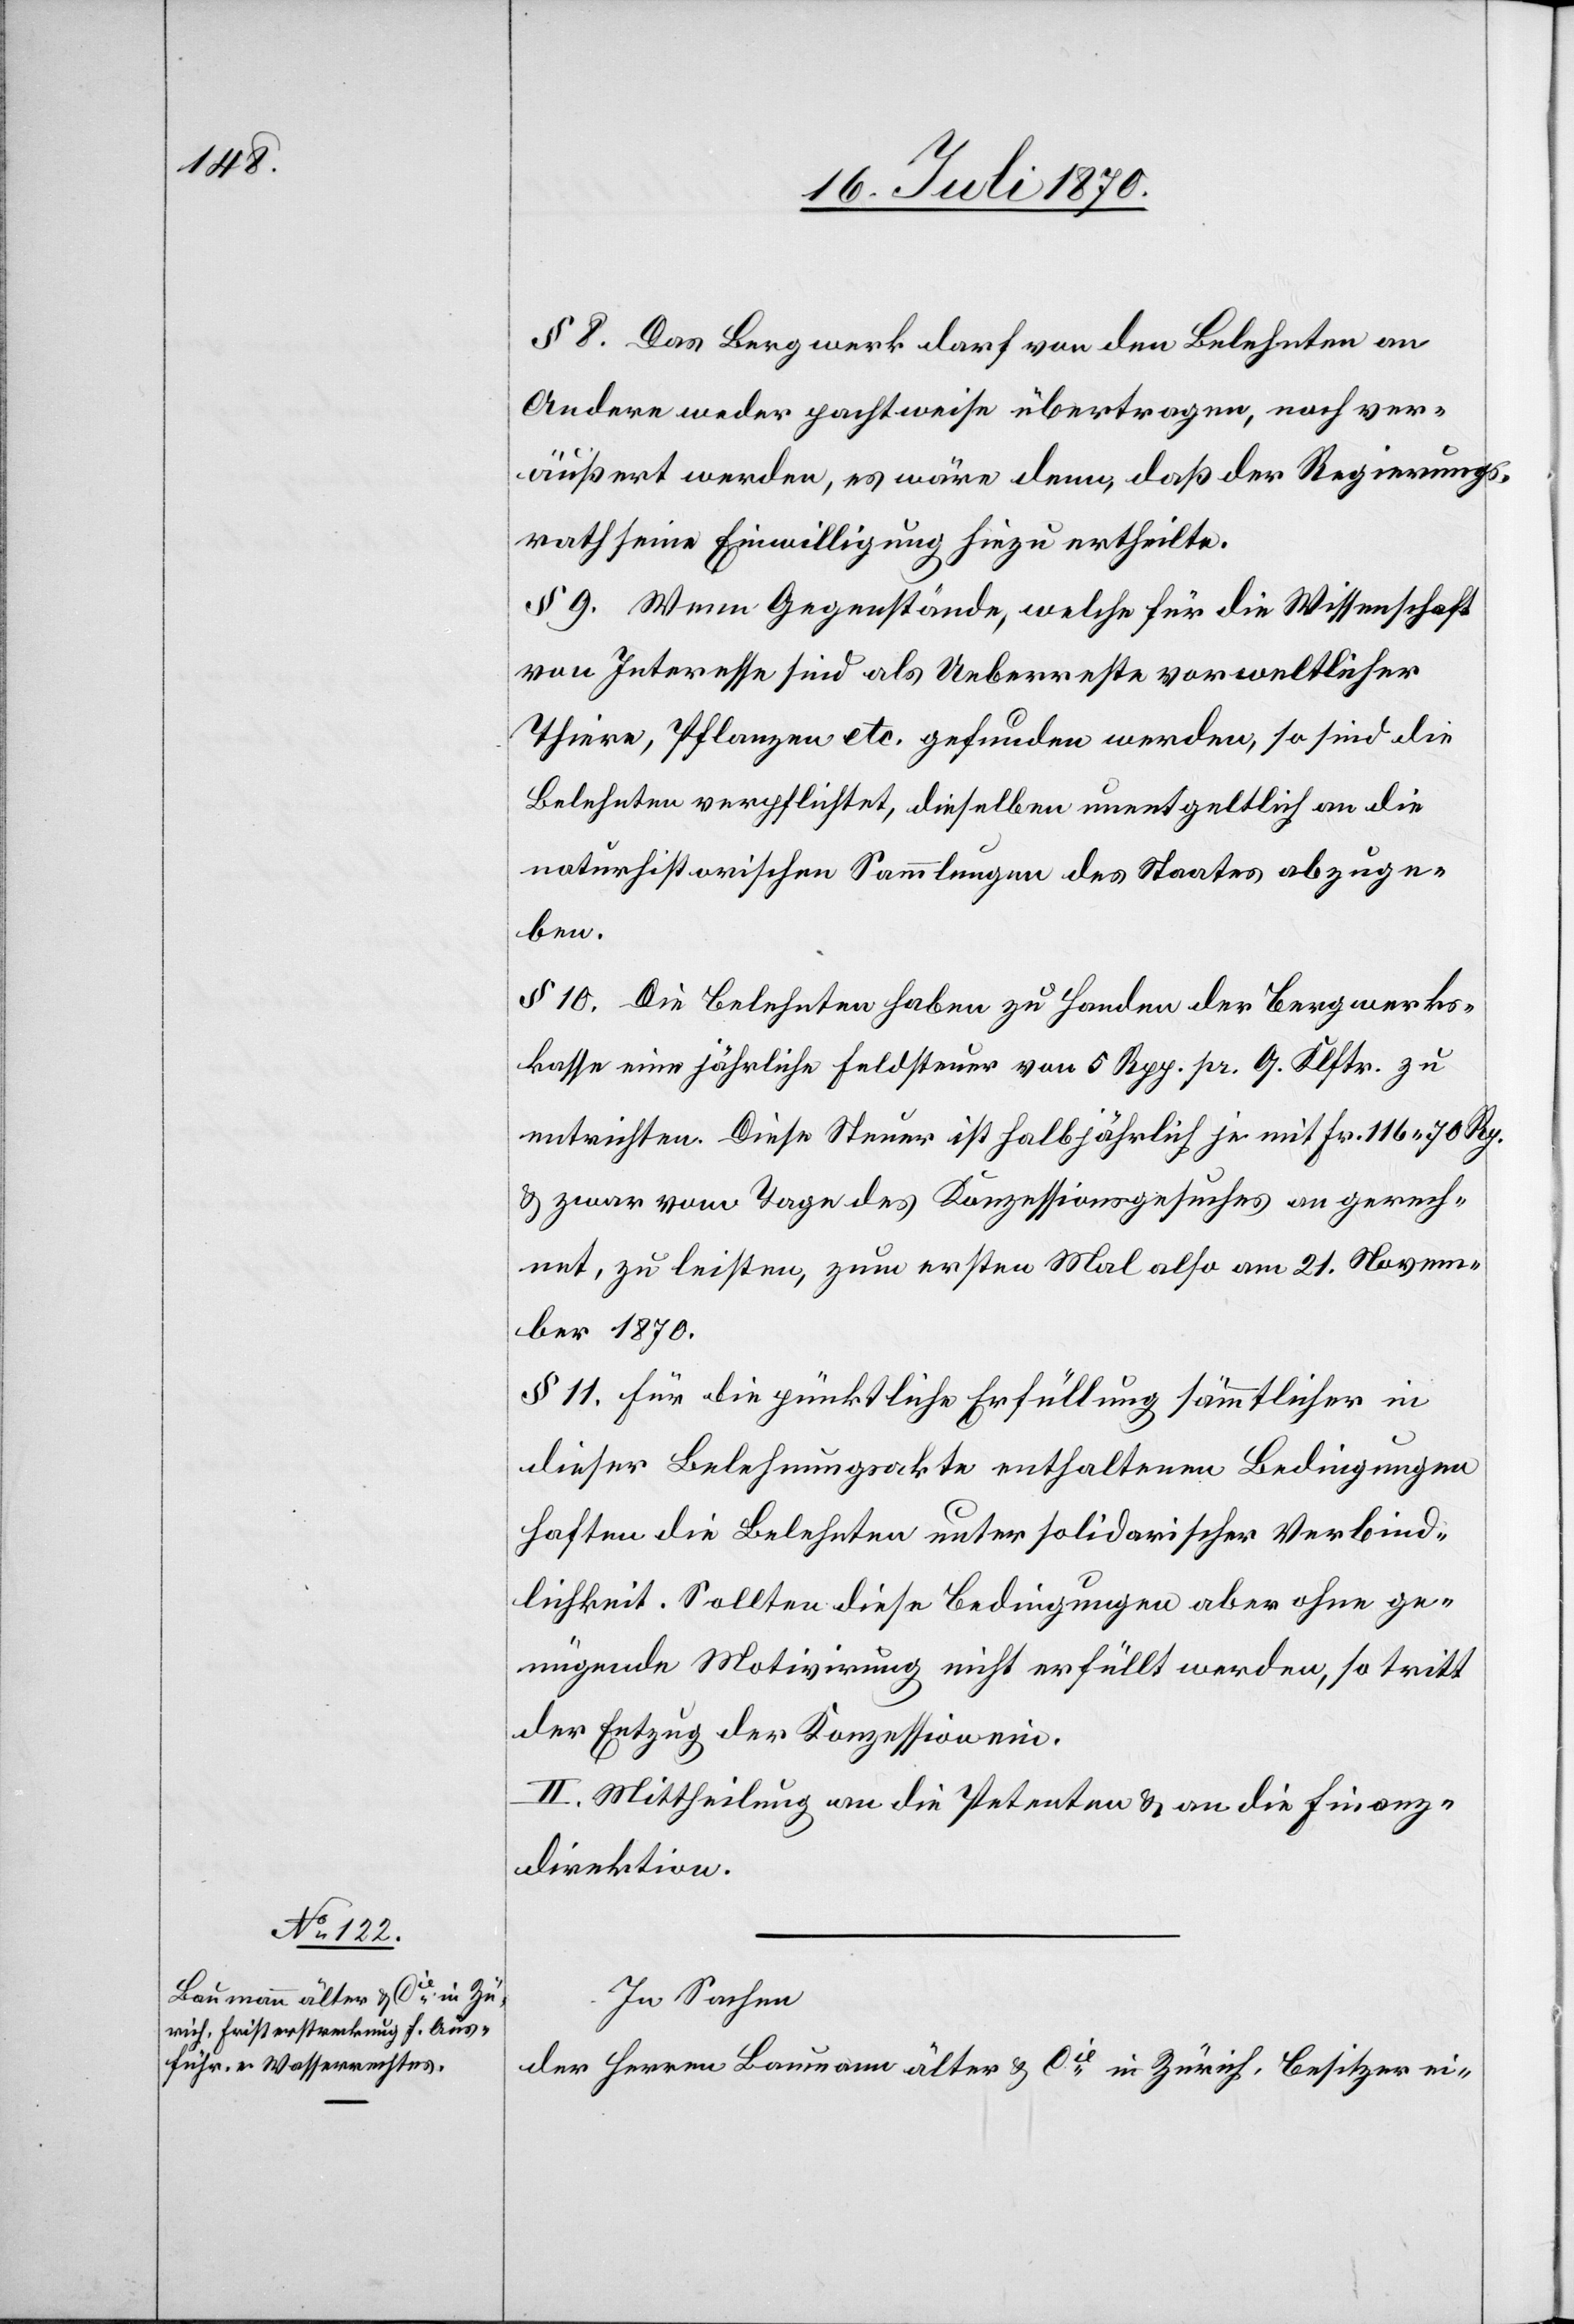
§ 8. Das Bergwerk darf von den Belehnten an
Andere weder pachtweise übertragen, noch ver¬
äußert werden, es wäre denn, daß der Regierungs¬
rath seine Einwilligung hiezu ertheilte.
§ 9. Wenn Gegenstände, welche für die Wissenschaft
von Interesse sind als Ueberreste vorweltlicher
Thier, Pflanzen etc. gefunden werden, so sind die
Belehnten verpflichtet, dieselben unentgeltlich an die
naturhistorischen Sammlungen des Staates abzuge¬
ben.
§ 10. Die Belehnten haben zu Handen der Bergwerks¬
kasse eine jährliche Feldsteuer von 5 Rpp. p. Q. Klftr. zu
entrichten. Diese Steuer ist halbjährlich je mit Fr. 116.70 Rp.
& zwar vom Tage des Konzessionsgesuches an gerech¬
net, zu leisten, zum ersten Mal also am 21. Novem¬
ber 1870.
§ 11. Für die pünktliche Erfüllung sämmtlicher in
dieser Belehnungsakte enthaltenen Bedingungen
haften die Belehnten unter solidarischer Verbind¬
lichkeit. Sollten diese Bedingungen aber ohne ge¬
nügende Motivirung nicht erfüllt werden, so tritt
der Entzug der Konzession ein.
II. Mittheilung an die Petenten & an die Finanz¬
direktion.
In Sachen
der Herren Baumann älter & Cie in Zürich, Besitzer ei-